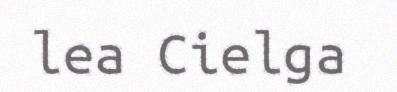
lea Cielga